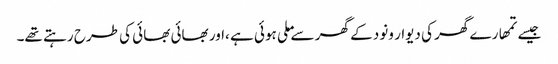
جیسے تمھارے گھر کی دیوار ونود کے گھر سے ملی ہوئی ہے ،اور بھائی بھائی کی طرح رہتے تھے۔